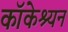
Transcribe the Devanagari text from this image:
कॉकेश्यन